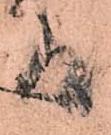
る